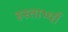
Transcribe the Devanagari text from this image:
हस्ताभ्याँ